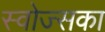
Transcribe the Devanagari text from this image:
स्वोज्सका